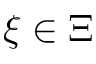
\xi \in \Xi